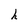
Character: h